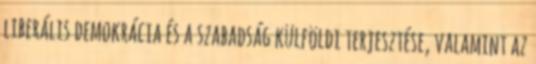
liberális demokrácia és a szabadság külföldi terjesztése, valamint az